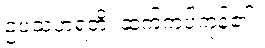
ဥပသဟရတိ၊ ဆက်ကပ်ကုန်၏။